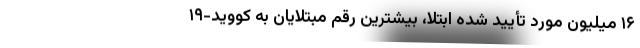
۱۶ میلیون مورد تأیید شدهٔ ابتلا، بیشترین رقم مبتلایان به کووید-۱۹